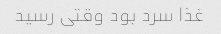
غذا سرد بود وقتی رسید